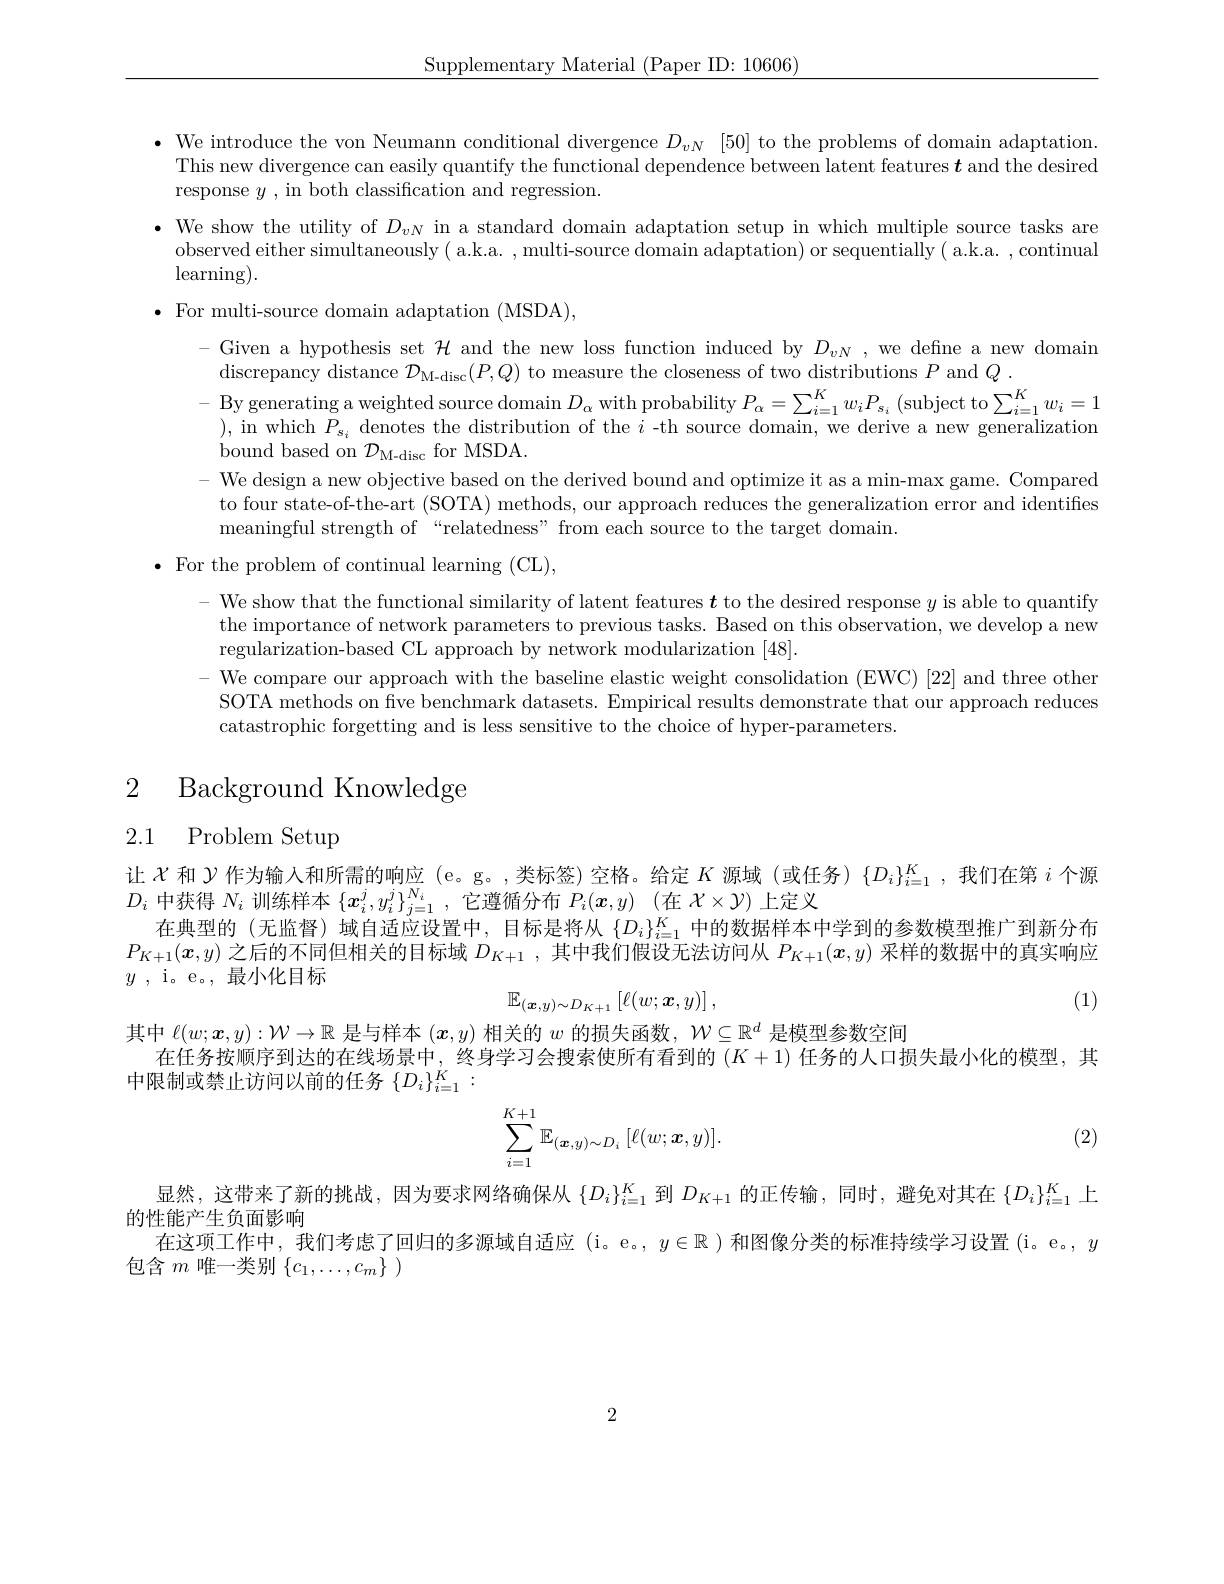
$\begin{array}{c}{\mathrm{Supplementary~Material~(Paper~ID:~10606)}}\end{array}$

$\bullet$ We introduce the von Neumann conditional divergence $D_vN$ [50] to the problems of domain adaptation.
This new divergence can easily quantify the functional dependence between latent features $\boldsymbol{t}$ and the desired
response $y$ , in both classification and regression.
$\bullet$ We show the utility of $D_vN$ in a standard domain adaptation setup in which multiple source tasks are
observed either simultaneously ( a.k.a. , multi-source domain adaptation) or sequentially ( a.k.a. , continual
$\operatorname{learning}).$
$\bullet$ For multi-source domain adaptation (MSDA),
- Given a hypothesis set $\mathcal{H}$ and the new loss function induced by $D_vN$, we define a new domain
discrepancy distance $\mathcal{D}_\mathrm{M-disc}(P,Q)$ to measure the closeness of two distributions $P$ and $Q.$
By generating a weighted source domain$D_{\alpha }$ with probability $P_{\alpha }= \sum _{i= 1}^{K}w_{i}P_{s_{i}}$ ( subject to$\sum _{i= 1}^{K}w_{i}= 1$
), in which $P_s_i$ denotes the distribution of the $i$ -th source domain, we derive a new generalization
bound based on $\mathcal{D}_\mathrm{M-disc}$ for MSDA.
- We design a new objective based on the derived bound and optimize it as a min-max game. Compared
to four state-of-the-art (SOTA) methods, our approach reduces the generalization error and identifies
meaningful strength of“relatedness” from each source to the target domain.

$\bullet$ For the problem of continual learning (CL),

We show that the functional similarity of latent features $\boldsymbol{t}$ to the desired response $y$ is able to quantify the importance of network parameters to previous tasks. Based on this observation, we develop a new regularization-based CL approach by network modularization [48].
We compare our approach with the baseline elastic weight consolidation (EWC) [22] and three other SOTA methods on five benchmark datasets. Empirical results demonstrate that our approach reduces catastrophic forgetting and is less sensitive to the choice of hyper-parameters.

# 2 Background Knowledge

2.1 Problem Setup

让$\chi$和$\gamma$作为输入和所需的响应 (e。g。,类标签)空格。给定$K$源域 (或任务) $\{D_i\}_{i=1}^K$,我们在第$i$个源
$D_i$中获得$N_i$训练样本$\{\boldsymbol x_i^j,y_i^j\}_{j=1}^{N_i}$,它遵循分布$P_i(\boldsymbol x,y)$ (在$\mathcal{X}\times\mathcal{Y})$上定义
在典型的(无监督)域自适应设置中，目标是将从$\{D_i\}_{i=1}^K$中的数据样本中学到的参数模型推广到新分布$P_{K+1}(x,y)$之后的不同但相关的目标域$D_K+1$,其中我们假设无法访问从$P_K+1(\boldsymbol{x},y)$采样的数据中的真实响应$y$ , i。e。, 最 小 化 目 标
$$\mathbb{E}_{(\boldsymbol{x},y)\sim D_{K+1}}\left[\ell(w;\boldsymbol{x},y)\right],$$
(1)

其中$\ell(w;\boldsymbol{x},y):\mathcal{W}\to\mathbb{R}$是与样本$(\boldsymbol{x},y)$相关的$w$的损失函数，$\mathcal{W}\subseteq\mathbb{R}^d$是模型参数空间
在任务按顺序到达的在线场景中，终身学习会搜索使所有看到的$(K+1)$任务的人口损失最小化的模型，其
中限制或禁止访问以前的任务$\{D_i\}_{i=1}^{\dot{K}}:$

(2)
$$\sum_{i=1}^{K+1}\mathbb{E}_{(\boldsymbol{x},y)\sim D_i}\:[\ell(w;\boldsymbol{x},y)].$$
显然，这带来了新的挑战，因为要求网络确保从$\{D_i\}_{i=1}^K$到$D_{K+1}$的正传输，同时，避免对其在$\{D_i\}_{i=1}^K$上
的性能产生负面影响
在这项工作中，我们考虑了回归的多源域自适应(i。e。,$y\in\mathbb{R}$ )和图像分类的标准持续学习设置(i。e。$,y$
包含$m$唯一类别$\{c_1,\ldots,c_m\}$

2